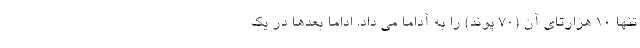
تنها 10 هزارتای آن (70 پوند) را به آداما می داد. اداما بعدها در یک